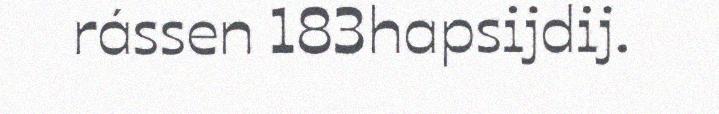
rássen 183hapsijdij.